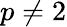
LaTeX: p\neq 2